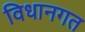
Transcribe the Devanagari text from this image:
विधानगत